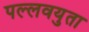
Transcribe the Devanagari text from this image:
पल्लवयुता